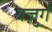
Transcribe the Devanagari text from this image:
बज़ुर्ग